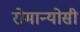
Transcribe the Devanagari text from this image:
रोमान्योसी